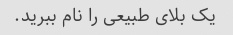
یک بلای طبیعی را نام ببرید.